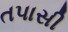
તપાસી